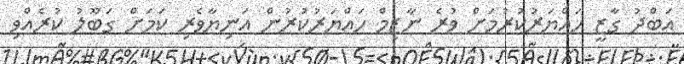
އަބްދު ގާޒީ ހައްޔަރުކުރުމަށް ވުރެ ނާޒިމް ހައްޔަރުކުރުން އަނިޔާވެރި ކަމަށް ގަބޫލު ކުރެއްވި